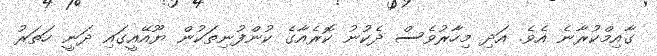
ގާއިމްކުރާނެ އެވެ. އަދި މިހާރުވެސް ދެކުނު ކޮރެއާގެ ކުންފުނިތަކުން ޔޫއޭއީގައި ދަނީ ހަތަރު